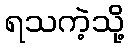
ရသကဲ့သို့